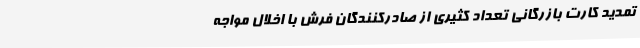
تمدید کارت بازرگانی تعداد کثیری از صادرکنندگان فرش با اخلال مواجه